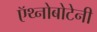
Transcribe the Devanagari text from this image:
ऍथ्नोबोटेनी